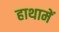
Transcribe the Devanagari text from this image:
हाथामें